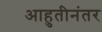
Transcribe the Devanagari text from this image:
आहुतीनंतर